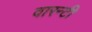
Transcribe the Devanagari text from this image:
वारन्टी